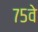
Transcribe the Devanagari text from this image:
७५वे